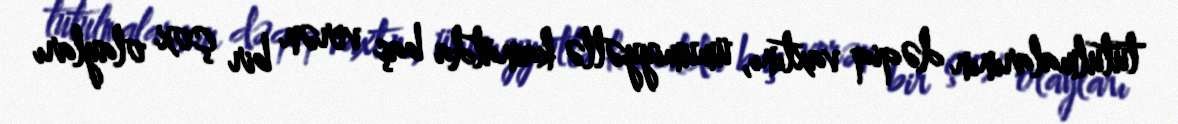
tutulmalarının dəqiq vaxtını, ümumiyyətlə kainatda baş verən bir çox olayları